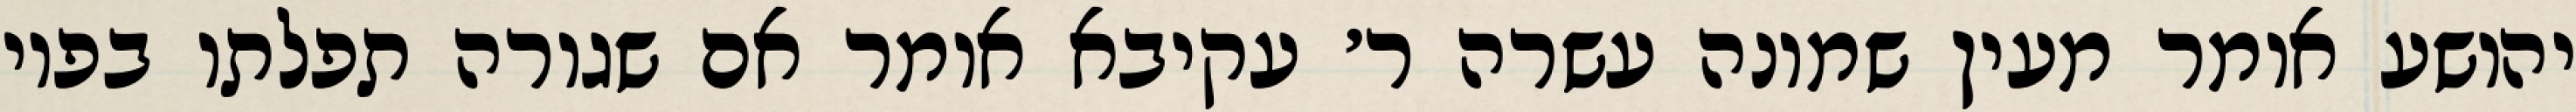
יהושע אומר מעין שמונה עשרה ר׳ עקיבא אומר אם שגורה תפלתו בפיו